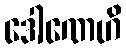
ဒေါဏေဟိ